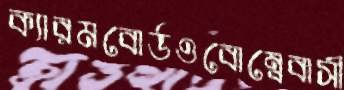
ক্যারমবোর্ডওবোম্বেবাসী